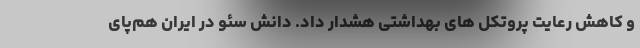
و کاهش رعایت پروتکل های بهداشتی هشدار داد. دانش سئو در ایران هم‌پای